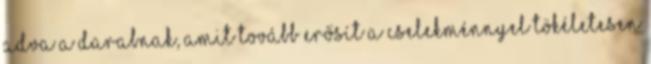
adva a darabnak, amit tovább erősít a cselekménnyel tökéletesen